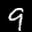
Label: 9